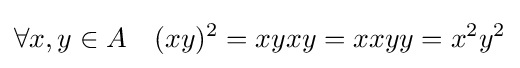
\forall x,y\in A\quad (xy)^{2}=xyxy=xxyy=x^{2}y^{2}